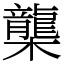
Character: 㰍